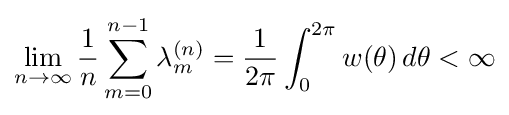
\lim _{n\rightarrow \infty }{\frac {1}{n}}\sum _{m=0}^{n-1}\lambda _{m}^{(n)}={\frac {1}{2\pi }}\int _{0}^{2\pi }w(\theta )\,d\theta <\infty